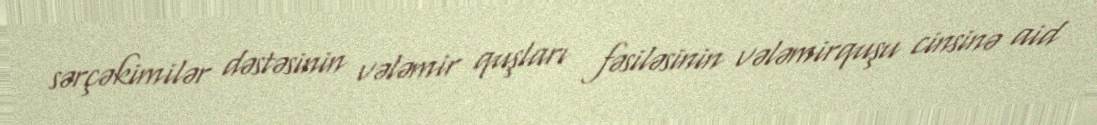
sərçəkimilər dəstəsinin vələmir quşları fəsiləsinin vələmirquşu cinsinə aid